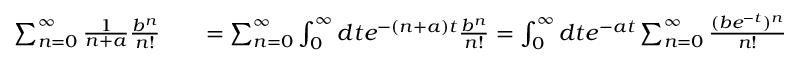
\begin{array} { r l r } { \sum _ { n = 0 } ^ { \infty } \frac { 1 } { n + a } \frac { b ^ { n } } { n ! } } & { { } } & { = \sum _ { n = 0 } ^ { \infty } \int _ { 0 } ^ { \infty } d t e ^ { - ( n + a ) t } \frac { b ^ { n } } { n ! } = \int _ { 0 } ^ { \infty } d t e ^ { - a t } \sum _ { n = 0 } ^ { \infty } \frac { ( b e ^ { - t } ) ^ { n } } { n ! } = \int _ { 0 } ^ { \infty } d t e ^ { - a t } e ^ { b e ^ { - t } } = - \int _ { - b } ^ { 0 } d y \frac { 1 } { y } e ^ { - a \ln \left( - b / y \right) } e ^ { - y } } \end{array}